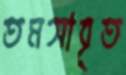
তমসাবৃত